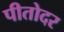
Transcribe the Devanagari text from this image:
पीतोदर